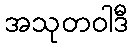
အသုတဝါဒီ